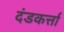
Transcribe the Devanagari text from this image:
दंडकर्त्ता